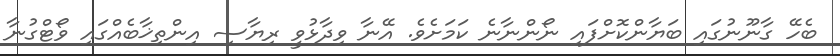
ބެހޭ ގާނޫނުގައި ބަޔާންކޮށްފައި ނޯންނާނެ ކަމަށެވެ. އޭނާ ވިދާޅުވީ ރިޔާސި އިންތިޚާބެއްގައި ވޯޓްގުނާ